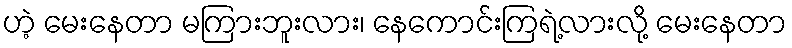
ဟဲ့ မေးနေတာ မကြားဘူးလား၊ နေကောင်းကြရဲ့လားလို့ မေးနေတာ